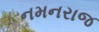
નમનરાજ